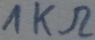
Text: 1KΩ